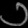
Digit: ၁